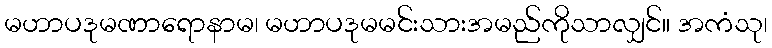
မဟာပဒုမဏာရောနာမ၊ မဟာပဒုမမင်းသားအမည်ကိုသာလျှင်။ အကံသု၊